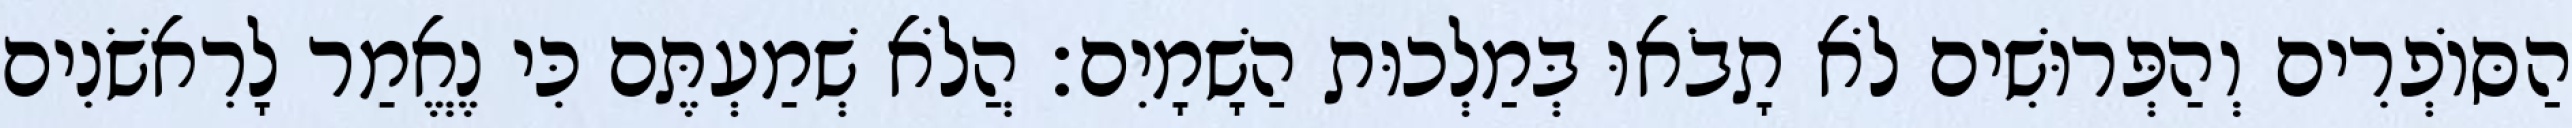
הַסּוֹפְרִים וְהַפְּרוּשִׁים לֹא תָבֹאוּ בְּמַלְכוּת הַשָׁמָיִם׃ הֲלֹא שְׁמַעְתֶּם כִּי נֶאֱמַר לָרִאשֹׁנִים